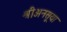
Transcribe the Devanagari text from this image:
श्रीअनसूया